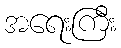
အရေးကြီး